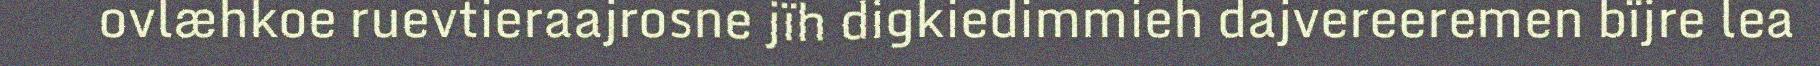
ovlæhkoe ruevtieraajrosne jïh digkiedimmieh dajvereeremen bïjre lea